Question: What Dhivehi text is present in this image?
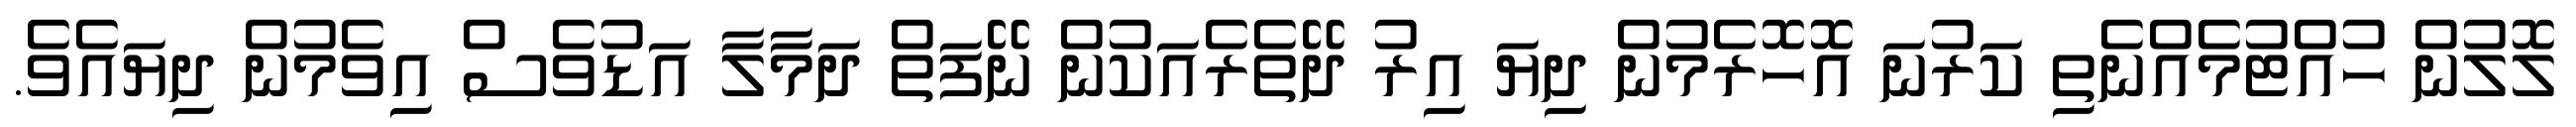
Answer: ލޮލުން ހުއްޓުމެއްނެތި ކަރުނަ އޮހޮރެމުން ދިޔަ އިރު ދޭތެރެއަކުން ނޭފަތް ދަމާލާ އަޑުވެސް އިވެމުން ދިޔައެވެ.